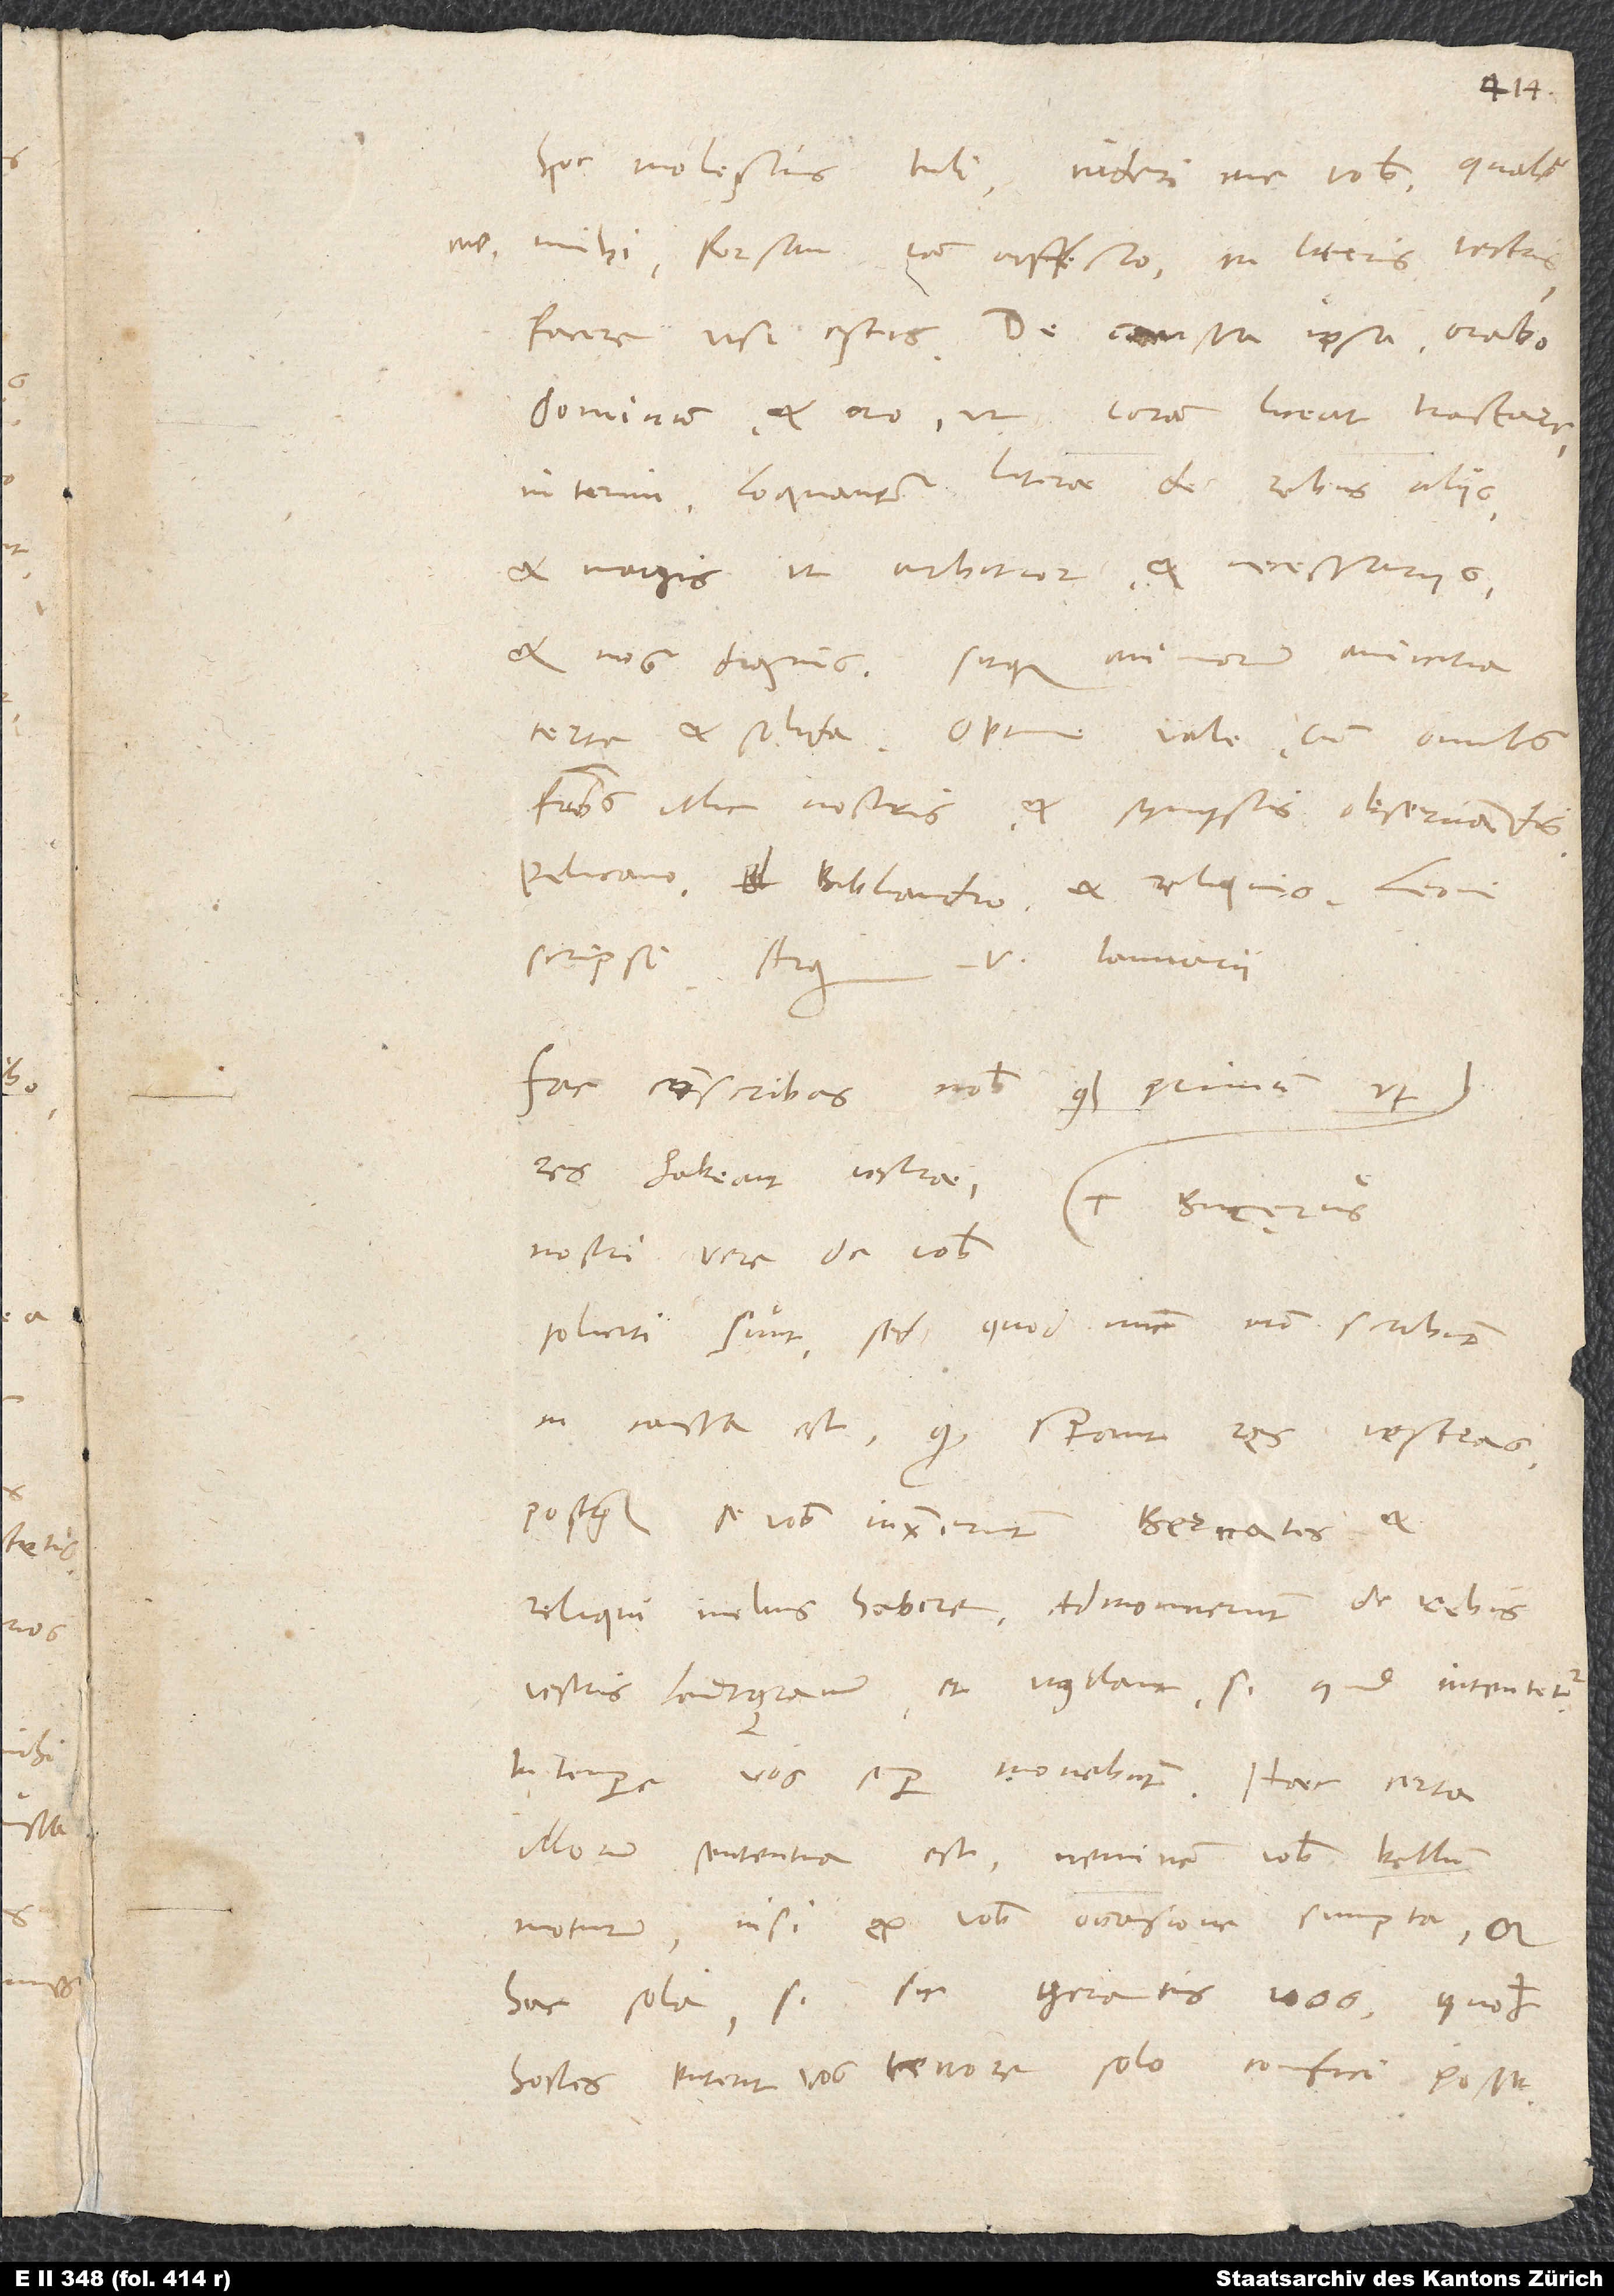
Hoc molestius tuli, videri me vobis, qualem
me mihi forsan iam affecto in literis vestris
facere visi estis. De caussa ipsa orabo
dominum et oro, ut coram liceat tractare.
Interim loquantur literae de rebus aliis
et magis, ut arbitror, et necessariis
et nos dignis, sitque animorum amicitia
fratribus illic nostris et symystis observandis,
Pelicano, Bibliandro et reliquis. Leoni
Fac conscribas nobis
quam primum, ut
res habeant vestrae.
Nostri vere de vobis
soliciti sunt, sed quod nunc non scribunt,
in caussa est, quod sperant res vestras,
postquam se vobis iunxerunt Bernates et
reliqui, melius habere. Admonuerunt de rebus
vestris landtgravium et vigilant. Si quid intentetur,
in tempore vos semper monebunt. Haec certa
illorum sententia est, neminem vobis bellum
moturum nisi ex vobis occasione sumpta, et
hac sola, si sic geratis vos, quo
hostes putent vos terrore solo confici posse.